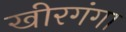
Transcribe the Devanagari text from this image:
खीरगंगा